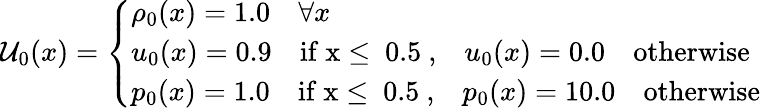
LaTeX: \mathcal{U}_{0}(x)=\left\{ \begin{array}{ll}{\rho_{0}(x)=1.0\quad\forall x}\\ {u_{0}(x)=0.9\quad\mathrm{if~x\leq~0.5~,}\quad u_{0}(x)=0.0\quad\mathrm{otherwise}}\\ {p_{0}(x)=1.0\quad\mathrm{if~x\leq~0.5~,}\quad p_{0}(x)=10.0\quad\mathrm{otherwise}}\end{array}\right.